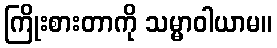
ကြိုးစားတာကို သမ္မာဝါယာမ။